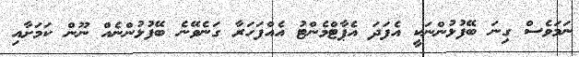
ނަމަވެސް ގިނަ ބޭފުޅުންނަކީ އެފަދަ އެޕާޓްމެންޓު އެއްފަހަރާ ގަނެވޭނެ ބޭފުޅުންނެއް ނޫން ކަމަށާއި